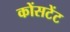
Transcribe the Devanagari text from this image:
कोंसटेंट